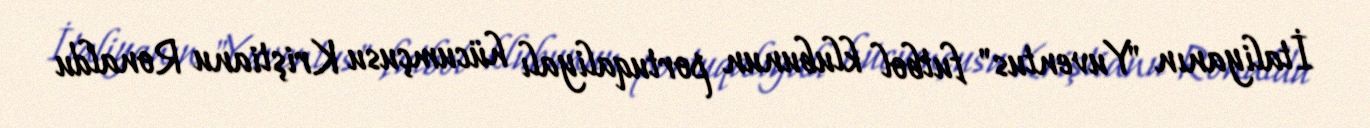
İtaliyanın "Yuventus" futbol klubunun portuqaliyalı hücumçusu Kriştianu Ronaldu